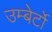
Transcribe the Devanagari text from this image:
उम्बेर्टो